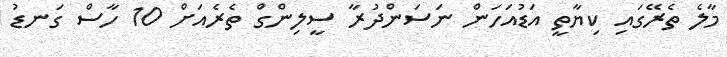
މާލެ ތެރޭގައި ކިޔާތީ އަޑުއަހަން ނަސަންދުރާ ސީލިންގް ތެރެއަށް 10 ހާސް ގަނޑު